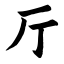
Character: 厅